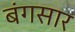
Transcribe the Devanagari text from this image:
बंगसार